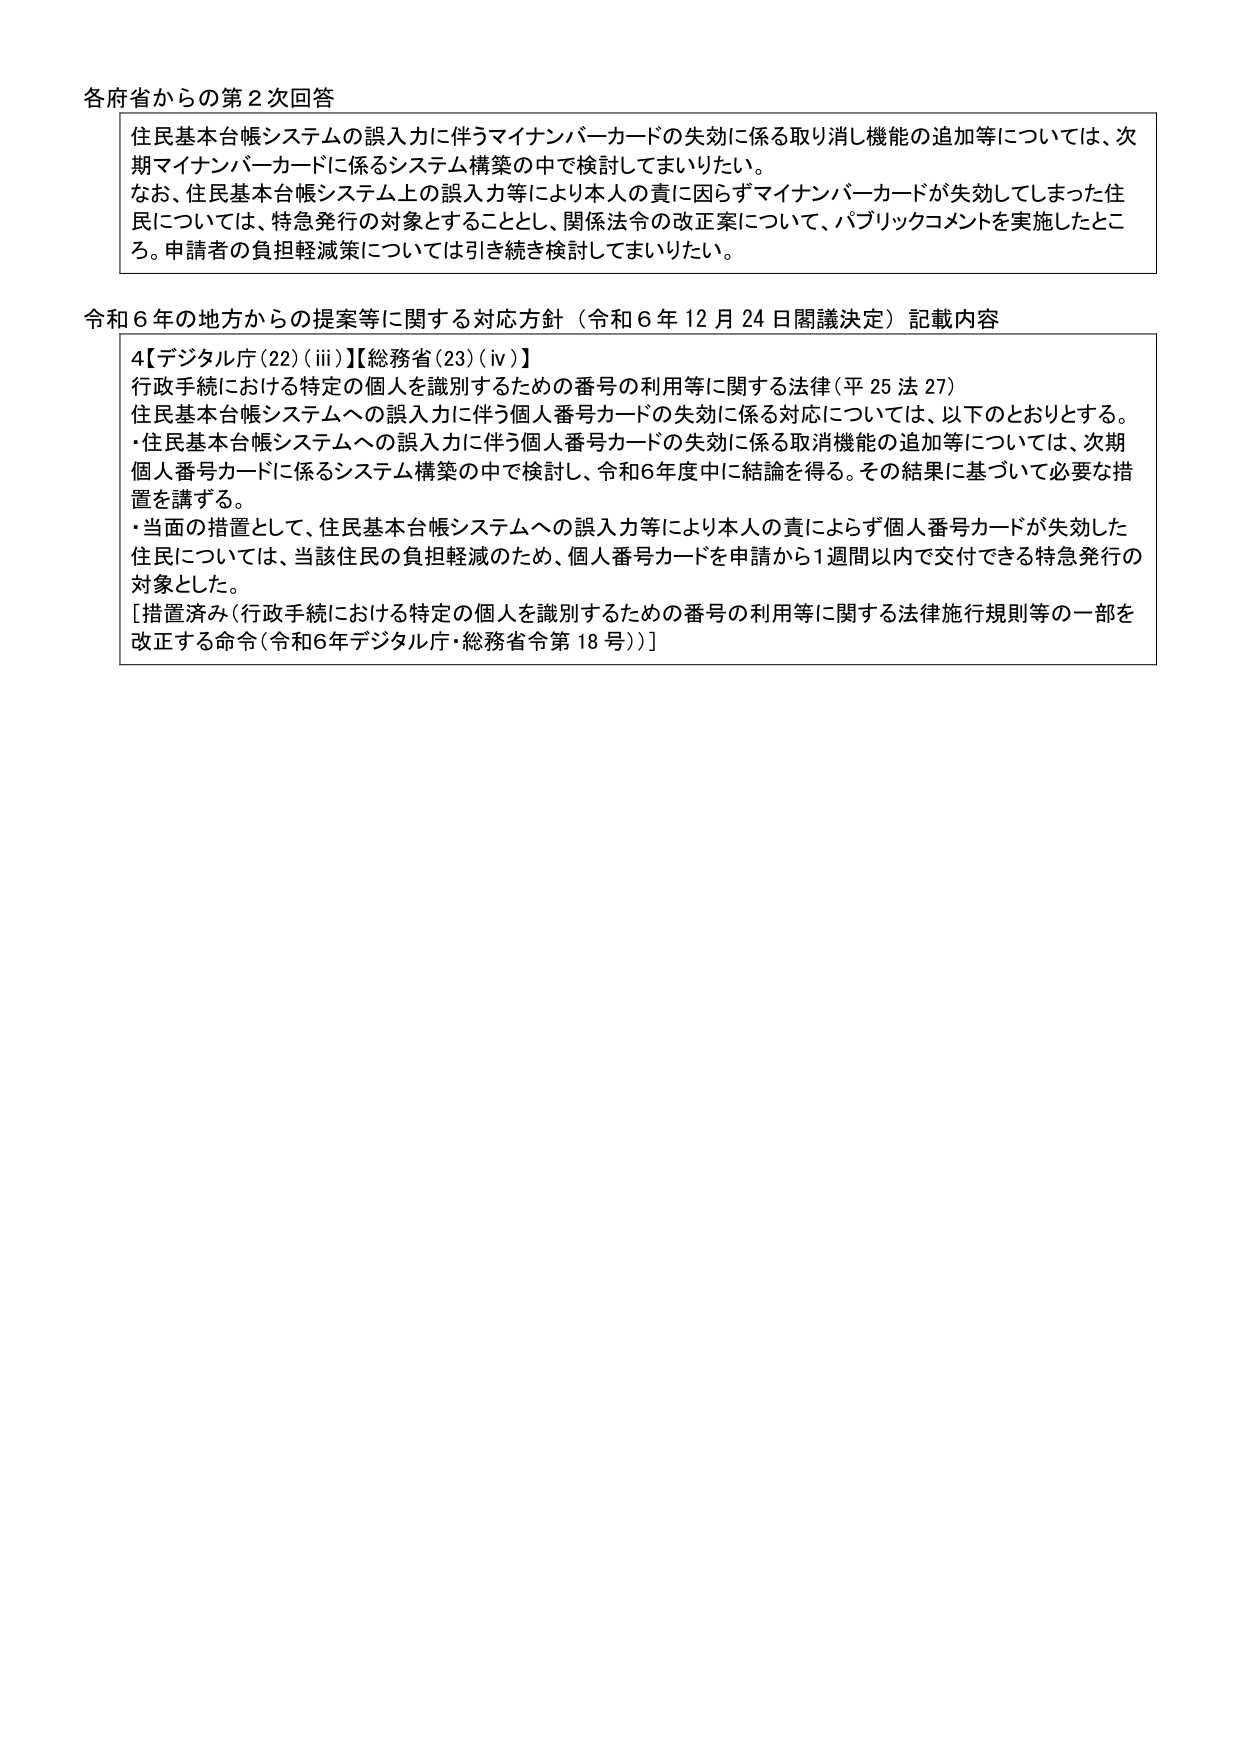
各府省からの第2次回答

住民基本台帳システムの誤入力に伴うマイナンバーカードの失効に係る取り消し機能の追加等については、次期マイナンバーカードに係るシステム構築の中で検討してまいりたい。
なお、住民基本台帳システム上の誤入力等により本人の責に因らずマイナンバーカードが失効してしまった住民については、特急発行の対象とすることとし、関係法令の改正案について、パブリックコメントを実施したところ。申請者の負担軽減策については引き続き検討してまいりたい。

令和6年の地方からの提案等に関する対応方針（令和6年12月24日閣議決定）記載内容

4【デジタル庁(22)(iii)】【総務省(23)(iv)】
行政手続における特定の個人を識別するための番号の利用等に関する法律(平25法27)
住民基本台帳システムへの誤入力に伴う個人番号カードの失効に係る対応については、以下のとおりとする。
・住民基本台帳システムへの誤入力に伴う個人番号カードの失効に係る取消機能の追加等については、次期個人番号カードに係るシステム構築の中で検討し、令和6年度中に結論を得る。その結果に基づいて必要な措置を講ずる。
・当面の措置として、住民基本台帳システムへの誤入力等により本人の責によらず個人番号カードが失効した住民については、当該住民の負担軽減のため、個人番号カードを申請から1週間以内で交付できる特急発行の対象とした。
[措置済み(行政手続における特定の個人を識別するための番号の利用等に関する法律施行規則等の一部を改正する命令(令和6年デジタル庁・総務省令第18号))]